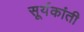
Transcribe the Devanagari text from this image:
सूर्यकांती